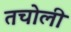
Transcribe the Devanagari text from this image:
तचोली